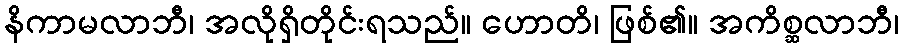
နိကာမလာဘီ၊ အလိုရှိတိုင်းရသည်။ ဟောတိ၊ ဖြစ်၏။ အကိစ္ဆလာဘီ၊